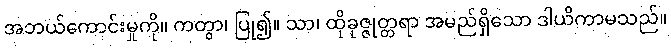
အဘယ်ကောင်းမှုကို။ ကတွာ၊ ပြု၍။ သာ၊ ထိုခုဇ္ဇုတ္တရာ အမည်ရှိသော ဒါယိကာမသည်။